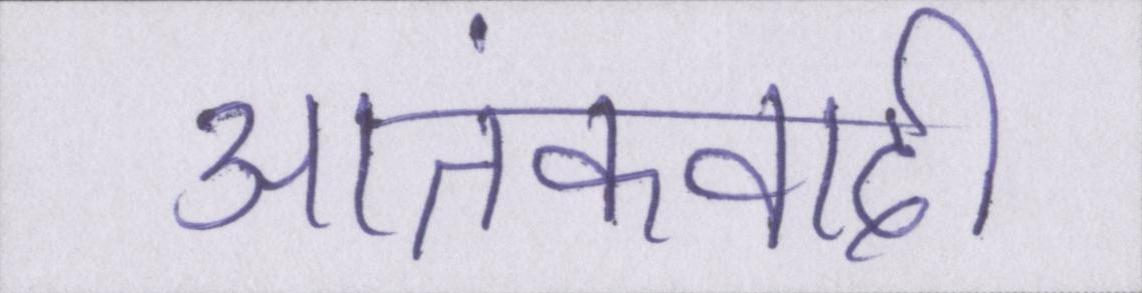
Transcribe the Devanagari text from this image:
आतंकवादी